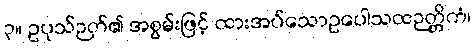
၃။ ဥပုသ်ဉတ်၏ အစွမ်းဖြင့် ထားအပ်သောဥပေါသထဉတ္တိကံ၊